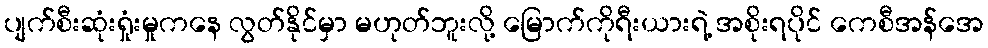
ပျက်စီးဆုံးရှုံးမှုကနေ လွတ်နိုင်မှာ မဟုတ်ဘူးလို့ မြောက်ကိုရီးယားရဲ့ အစိုးရပိုင် ကေစီအန်အေ